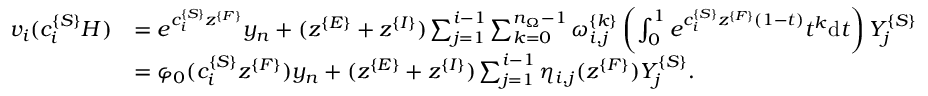
\begin{array} { r l } { v _ { i } ( c _ { i } ^ { \{ S \} } H ) } & { = e ^ { c _ { i } ^ { \{ S \} } z ^ { \{ F \} } } y _ { n } + ( z ^ { \{ E \} } + z ^ { \{ I \} } ) \sum _ { j = 1 } ^ { i - 1 } \sum _ { k = 0 } ^ { n _ { \Omega } - 1 } \omega _ { i , j } ^ { \{ k \} } \left( \int _ { 0 } ^ { 1 } e ^ { c _ { i } ^ { \{ S \} } z ^ { \{ F \} } ( 1 - t ) } t ^ { k } \mathrm d t \right) Y _ { j } ^ { \{ S \} } } \\ & { = \varphi _ { 0 } ( c _ { i } ^ { \{ S \} } z ^ { \{ F \} } ) y _ { n } + ( z ^ { \{ E \} } + z ^ { \{ I \} } ) \sum _ { j = 1 } ^ { i - 1 } \eta _ { i , j } ( z ^ { \{ F \} } ) Y _ { j } ^ { \{ S \} } . } \end{array}